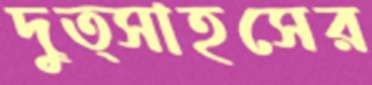
দুত্সাহসের